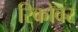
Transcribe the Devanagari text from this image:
रिकोवर